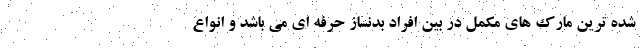
شده ترین مارک های مکمل در بین افراد بدنساز حرفه ای می باشد و انواع